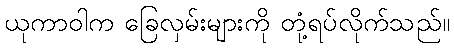
ယုကာဝါက ခြေလှမ်းများကို တုံ့ရပ်လိုက်သည်။